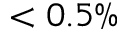
< 0 . 5 \%